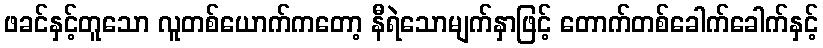
ဖခင်နှင့်တူသော လူတစ်ယောက်ကတော့ နီရဲသောမျက်နှာဖြင့် တောက်တစ်ခေါက်ခေါက်နှင့်